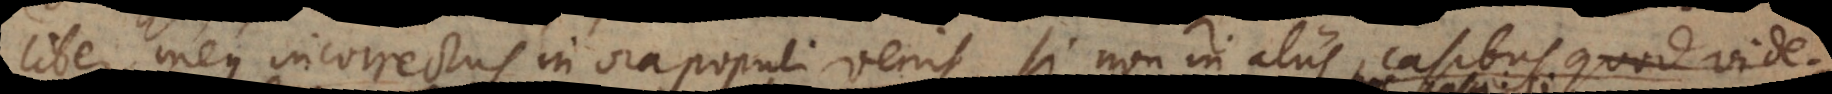
Liber meus incorrectus in ora populi venit, si non in aliis casibus, quod vide